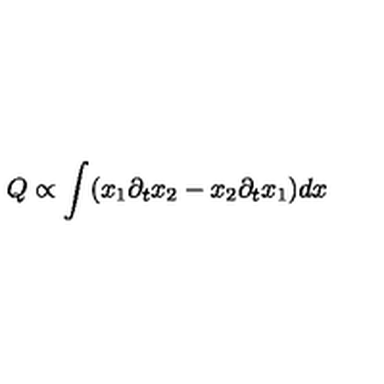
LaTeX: Q \propto \int ( x _ { 1 } \partial _ { t } x _ { 2 } - x _ { 2 } \partial _ { t } x _ { 1 } ) d x